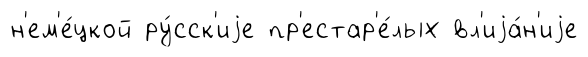
н'ем'е́цкой ру́сск'иjе пр'естар'е́лых вл'иjа́н'иjе